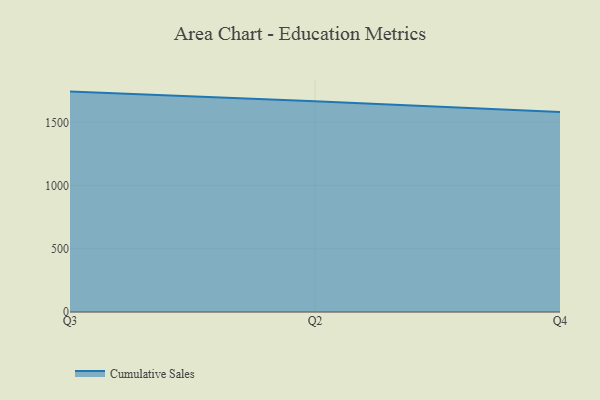
{"axis": {"x": "Quarter", "y": "Backlog"}, "legend": ["Cumulative Sales"], "data": [{"x": "Q3", "y": 1743.1, "type": "Cumulative Sales"}, {"x": "Q2", "y": 1667.5, "type": "Cumulative Sales"}, {"x": "Q4", "y": 1581.5, "type": "Cumulative Sales"}]}